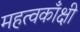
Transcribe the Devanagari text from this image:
महत्वकाँक्षी